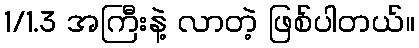
1/1.3 အကြီးနဲ့ လာတဲ့ ဖြစ်ပါတယ်။